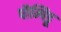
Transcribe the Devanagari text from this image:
पौम्पिडू